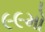
૯૯મો